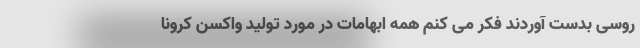
روسی بدست آوردند فکر می کنم همه ابهامات در مورد تولید واکسن کرونا